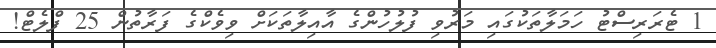
1 ޓެރަރިސްޓު ހަމަލާތަކުގައި މަރުވި ފުލުހުންގެ އާއިލާތަކަށް ވިވެކްގެ ފަރާތުން 25 ފްލެޓް!